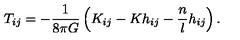
T _ { i j } = - \frac { 1 } { 8 \pi G } \left( K _ { i j } - K h _ { i j } - \frac { n } { l } h _ { i j } \right) .